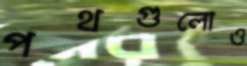
পথগুলোও